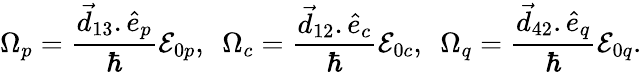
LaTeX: \Omega_{p}=\frac{\vec{d}_{13}.\hat{e}_{p}}{\hbar}\mathcal E_{0p},~~\Omega_{c}=\frac{\vec{d}_{12}.\hat{e}_{c}}{\hbar}\mathcal E_{0c},~~\Omega_{q}=\frac{\vec{d}_{42}.\hat{e}_{q}}{\hbar}\mathcal E_{0q}.